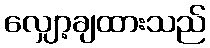
လျှော့ချထားသည်